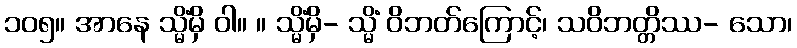
၁၀၅။ အာနေ သ္မိံမှိ ဝါ။ ။ သ္မိံမှိ- သ္မိံ ဝိဘတ်ကြောင့်၊ သဝိဘတ္တိဿ- သော၊